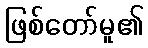
ဖြစ်တော်မူ၏